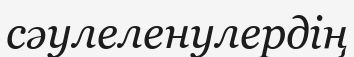
сәулеленулердің